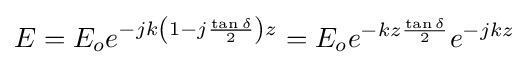
E=E_{o}e^{-jk\left(1-j{\frac {\tan \delta }{2}}\right)z}=E_{o}e^{-kz{\frac {\tan \delta }{2}}}e^{-jkz}